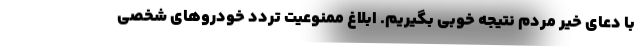
با دعای خیر مردم نتیجه خوبی بگیریم. ابلاغ ممنوعیت تردد خودروهای شخصی